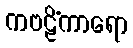
ကဗဠိံကာရော